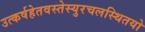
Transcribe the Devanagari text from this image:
उत्कर्षहेतवस्तेस्युरचलस्थितयो